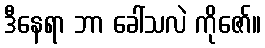
ဒီနေရာ ဘာ ခေါ်သလဲ ကိုဇော်။